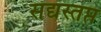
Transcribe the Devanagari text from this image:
सद्यस्तप्त